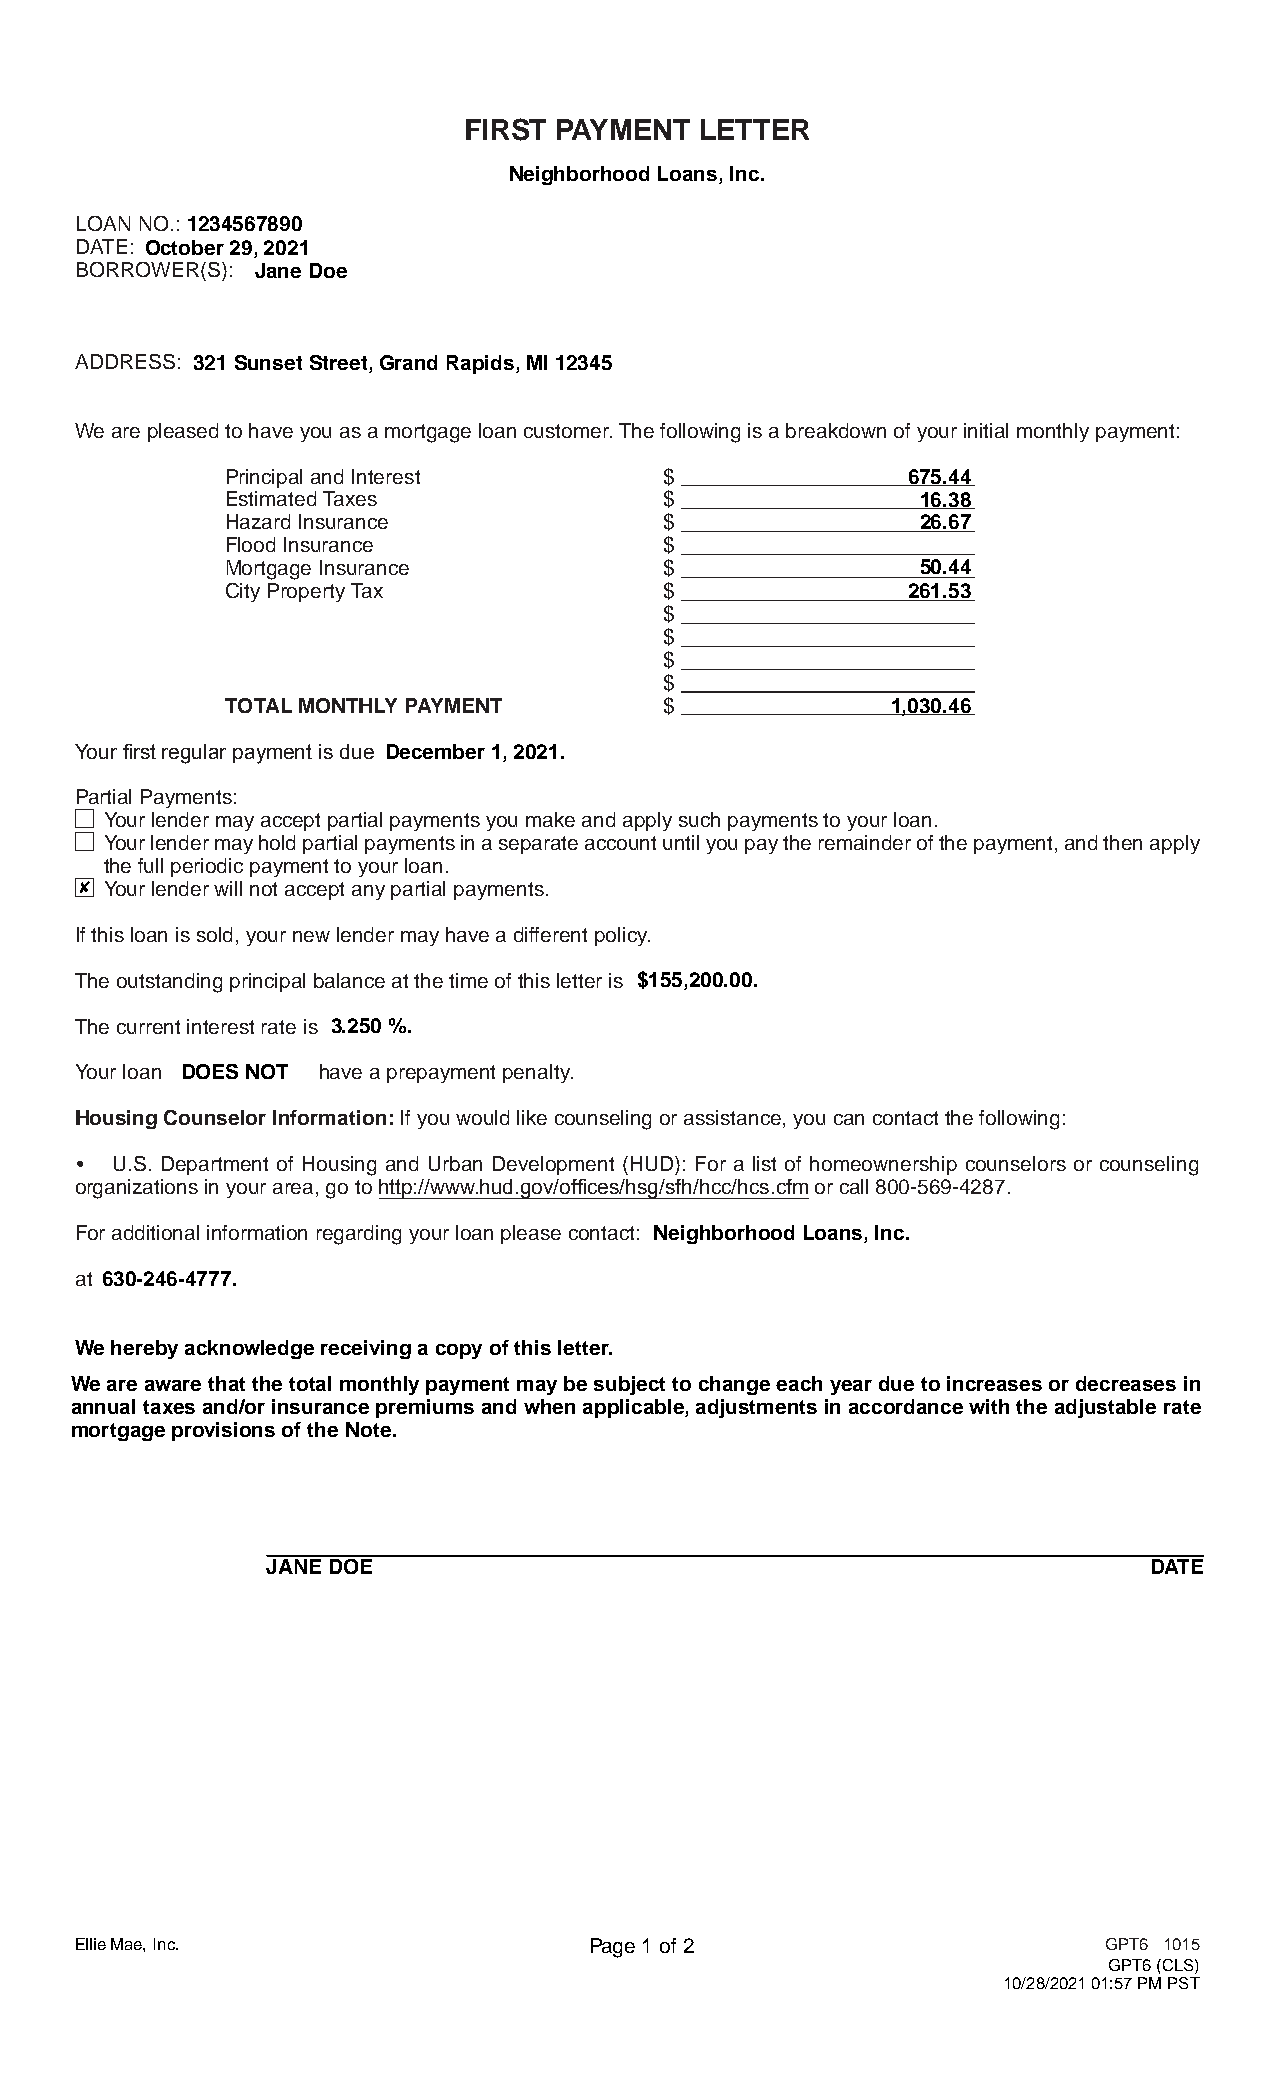
FIRST PAYMENT  LETTER
 Neighborhood Loans, Inc.
 LOAN NO.: 1234567890
 DATE: October 29, 2021
 B O R R O W E R ( S ) : Jane Doe
 ADDRESS: 321 Sunset Street, Grand Rapids, MI 12345
 We are pleased to have you as a mortgage loan customer. The following is a breakdown of your initial monthly payment:
 Principal and Interest       $               675.44
 Estimated Taxes              $                16.38
 Hazard Insurance             $                26.67
 Flood Insurance              $
 Mortgage Insurance           $                50.44
 City Property Tax            $               261.53
 $
 $
 $
 $
 TOTAL MONTHLY PAYMENT        $              1,030.46
 Your first regular payment is due December 1, 2021.
 Partial Payments:
 Your lender may accept partial payments you make and apply such payments to your loan.
 Your lender may hold partial payments in a separate account until you pay the remainder of the payment, and then apply
 the full periodic payment to your loan.
 8 Your lender will not accept any partial payments.
 If this loan is sold, your new lender may have a different policy.
 The outstanding principal balance at the time of this letter is $155,200.00.
 The current interest rate is 3.250 %.
 Your loan DOES NOT have a prepayment penalty.
 Housing Counselor Information: If you would like counseling or assistance, you can contact the following:
 • U.S. Department of Housing and Urban Development (HUD): For a list of homeownership counselors or counseling
 organizations in your area, go to http://www.hud.gov/offices/hsg/sfh/hcc/hcs.cfm or call 800-569-4287.
 F o r a d d i t io n a l i n f o r m a t i o n r e g a r d i n g y o u r l o a n p l e a s e c o n t a c t : Neighborhood Loans, Inc.
 at 630-246-4777.
 We hereby acknowledge receiving a copy of this letter.
 We are aware that the total monthly payment may be subject to change each year due to increases or decreases in
 annual taxes and/or insurance premiums and when applicable, adjustments in accordance with the adjustable rate
 mortgage provisions of the Note.
 JANE DOE                                                  DATE
 Ellie Mae, Inc.                   Pag e 1 of 2                      GPT6 1015
 GPT6 (CLS)
 10/28/2021 01:57 PM PST